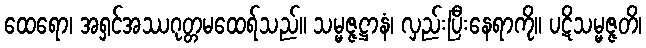
ထေရော၊ အရှင်အဿဂုတ္တမထေရ်သည်။ သမ္မဇ္ဇဋ္ဌာနံ၊ လှည်းပြီးနေရာကို။ ပဋိသမ္မဇ္ဇတိ၊